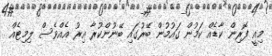
މިއީ ފޮރިން ކާޑެއް ކަމުން ގައުމުން ބޭރުގައި ބޭނުންކުރާ އިރު އެއްވެސް ލިމިޓެއް